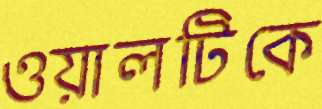
ওয়ালটিকে